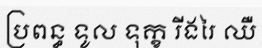
ប្រពន្ធ ទូល ទុក្ខ រីងរៃ ឈឺ